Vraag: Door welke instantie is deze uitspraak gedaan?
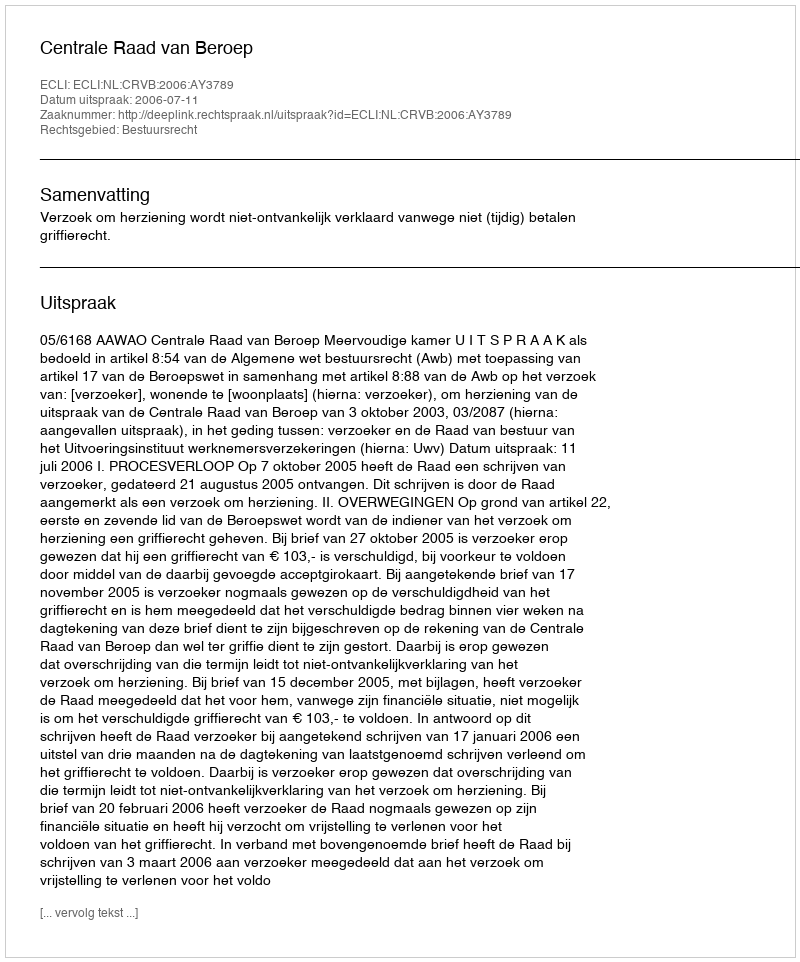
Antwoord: Centrale Raad van Beroep